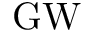
\mathrm { G W }